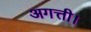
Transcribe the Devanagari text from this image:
अगत्ती।